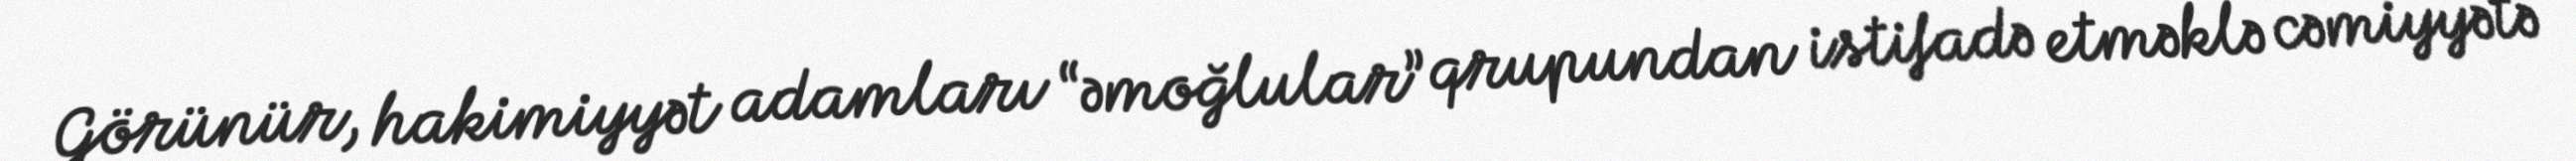
Görünür, hakimiyyət adamları “əmoğlular” qrupundan istifadə etməklə cəmiyyətə